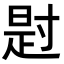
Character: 𪧺